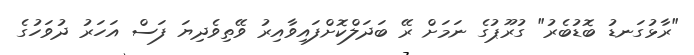
"ރާޅުގަނޑު ބޮޑުބެރު" ގުރޫޕުގެ ނަމަށް ރޭ ބަދަލްކޮށްފައިވާއިރު ވޭތިވެދިޔަ ފަސް އަހަރު ދުވަހުގެ